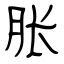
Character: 胀